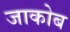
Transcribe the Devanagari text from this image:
जाकोब